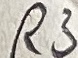
Text: R3